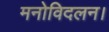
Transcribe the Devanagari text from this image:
मनोविदलन।